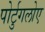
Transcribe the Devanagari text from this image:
पोर्टुगलोए